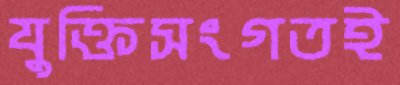
যুক্তিসংগতই